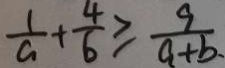
\frac { 1 } { a } + \frac { 4 } { 6 } \geq \frac { 9 } { a + b \cdot }